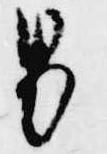
男